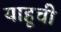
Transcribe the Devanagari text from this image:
याहूची